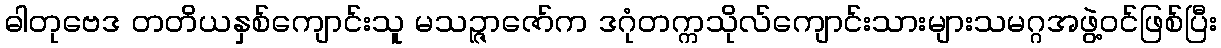
ဓါတုဗေဒ တတိယနှစ်ကျောင်းသူ မသဉ္ဇာဇော်က ဒဂုံတက္ကသိုလ်ကျောင်းသားများသမဂ္ဂအဖွဲ့ဝင်ဖြစ်ပြီး